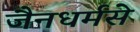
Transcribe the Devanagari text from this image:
जैनधर्मसे